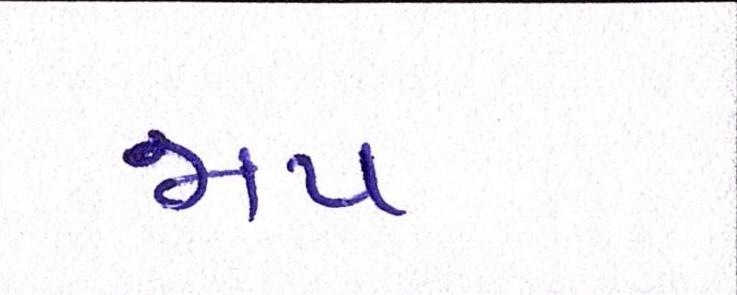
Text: જાપ